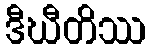
ဒီဃီတိဿ